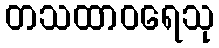
တသထာဝရေသု